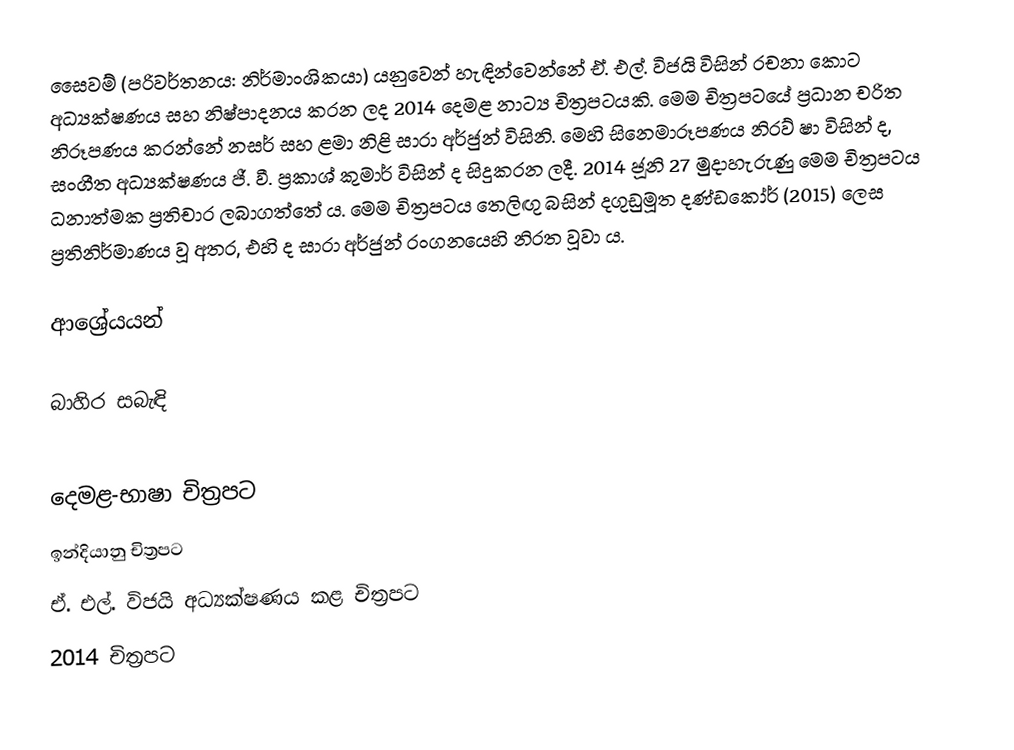
සෛවම් (පරිවර්තනය: නිර්මාංශිකයා) යනුවෙන් හැඳින්වෙන්නේ ඒ. එල්. විජයි විසින් රචනා කොට අධ්‍යක්ෂණය සහ නිෂ්පාදනය කරන ලද 2014 දෙමළ නාට්‍ය චිත්‍රපටයකි. මෙම චිත්‍රපටයේ ප්‍රධාන චරිත නිරූපණය කරන්නේ නසර් සහ ළමා නිළි සාරා අර්ජුන් විසිනි. මෙහි සිනෙමාරූපණය නිරව් ෂා විසින් ද, සංගීත අධ්‍යක්ෂණය ජී. වී. ප්‍රකාශ් කුමාර් විසින් ද සිදුකරන ලදී. 2014 ජූනි 27 මුදාහැරුණු මෙම චිත්‍රපටය ධනාත්මක ප්‍රතිචාර ලබාගත්තේ ‍ය. මෙම චිත්‍රපටය තෙලිඟු බසින් දගුඩුමූත දණ්ඩකෝර් (2015) ලෙස ප්‍රතිනිර්මාණය වූ අතර, එහි ද සාරා අර්ජුන් රංගනයෙහි නිරත වූවා ය.

ආශ්‍රේයයන්

බාහිර සබැඳි

දෙමළ-භාෂා චිත්‍රපට
ඉන්දියානු චිත්‍රපට
ඒ. එල්. විජයි අධ්‍යක්ෂණය කළ චිත්‍රපට
2014 චිත්‍රපට